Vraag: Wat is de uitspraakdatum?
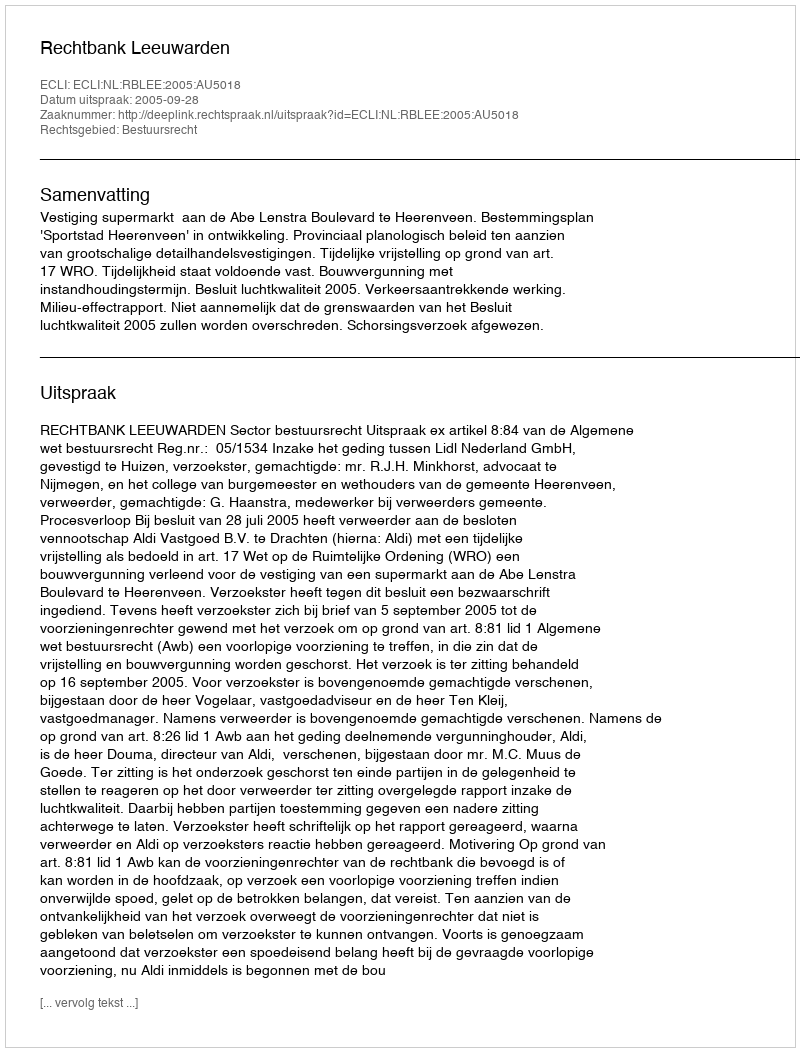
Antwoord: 2005-09-28